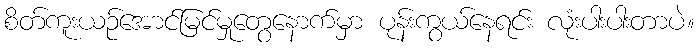
စိတ်ကူးယဉ်အောင်မြင်မှုတွေနောက်မှာ ပုန်းကွယ်နေရင်း လုံးပါးပါးတာပဲ။